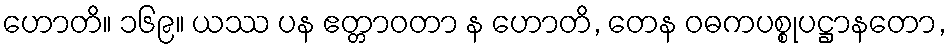
ဟောတိ။ ၁၆၉။ ယဿ ပန ဧတ္တာဝတာ န ဟောတိ, တေန ဝဓကပစ္စုပဋ္ဌာနတော,